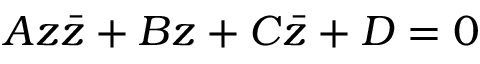
A z { \bar { z } } + B z + C { \bar { z } } + D = 0